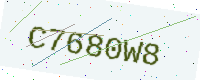
Text: C7680W8